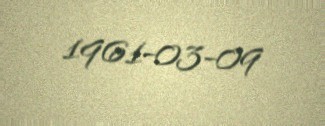
1961-03-09